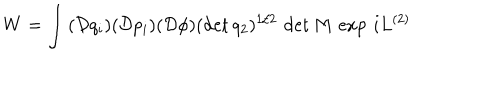
LaTeX: W = \int \, ( \mathcal { D } q _ { i } ) ( \mathcal { D } p _ { i } ) ( \mathcal { D } \phi ) ( \det q _ { 2 } ) ^ { 1 / 2 } \, \det M \, \exp \, i L ^ { ( 2 ) }